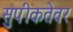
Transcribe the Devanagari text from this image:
सुपीकतेवर